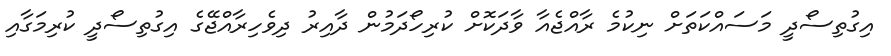
އިގުތިސޯދީ މަސައްކަތަށް ނިކުމެ ރާއްޖެއާ ވާދަކޮށް ކުރިހޯދަމުން ދާއިރު ދިވެހިރާއްޖޭގެ އިގުތިސޯދީ ކުރިމަގާއި